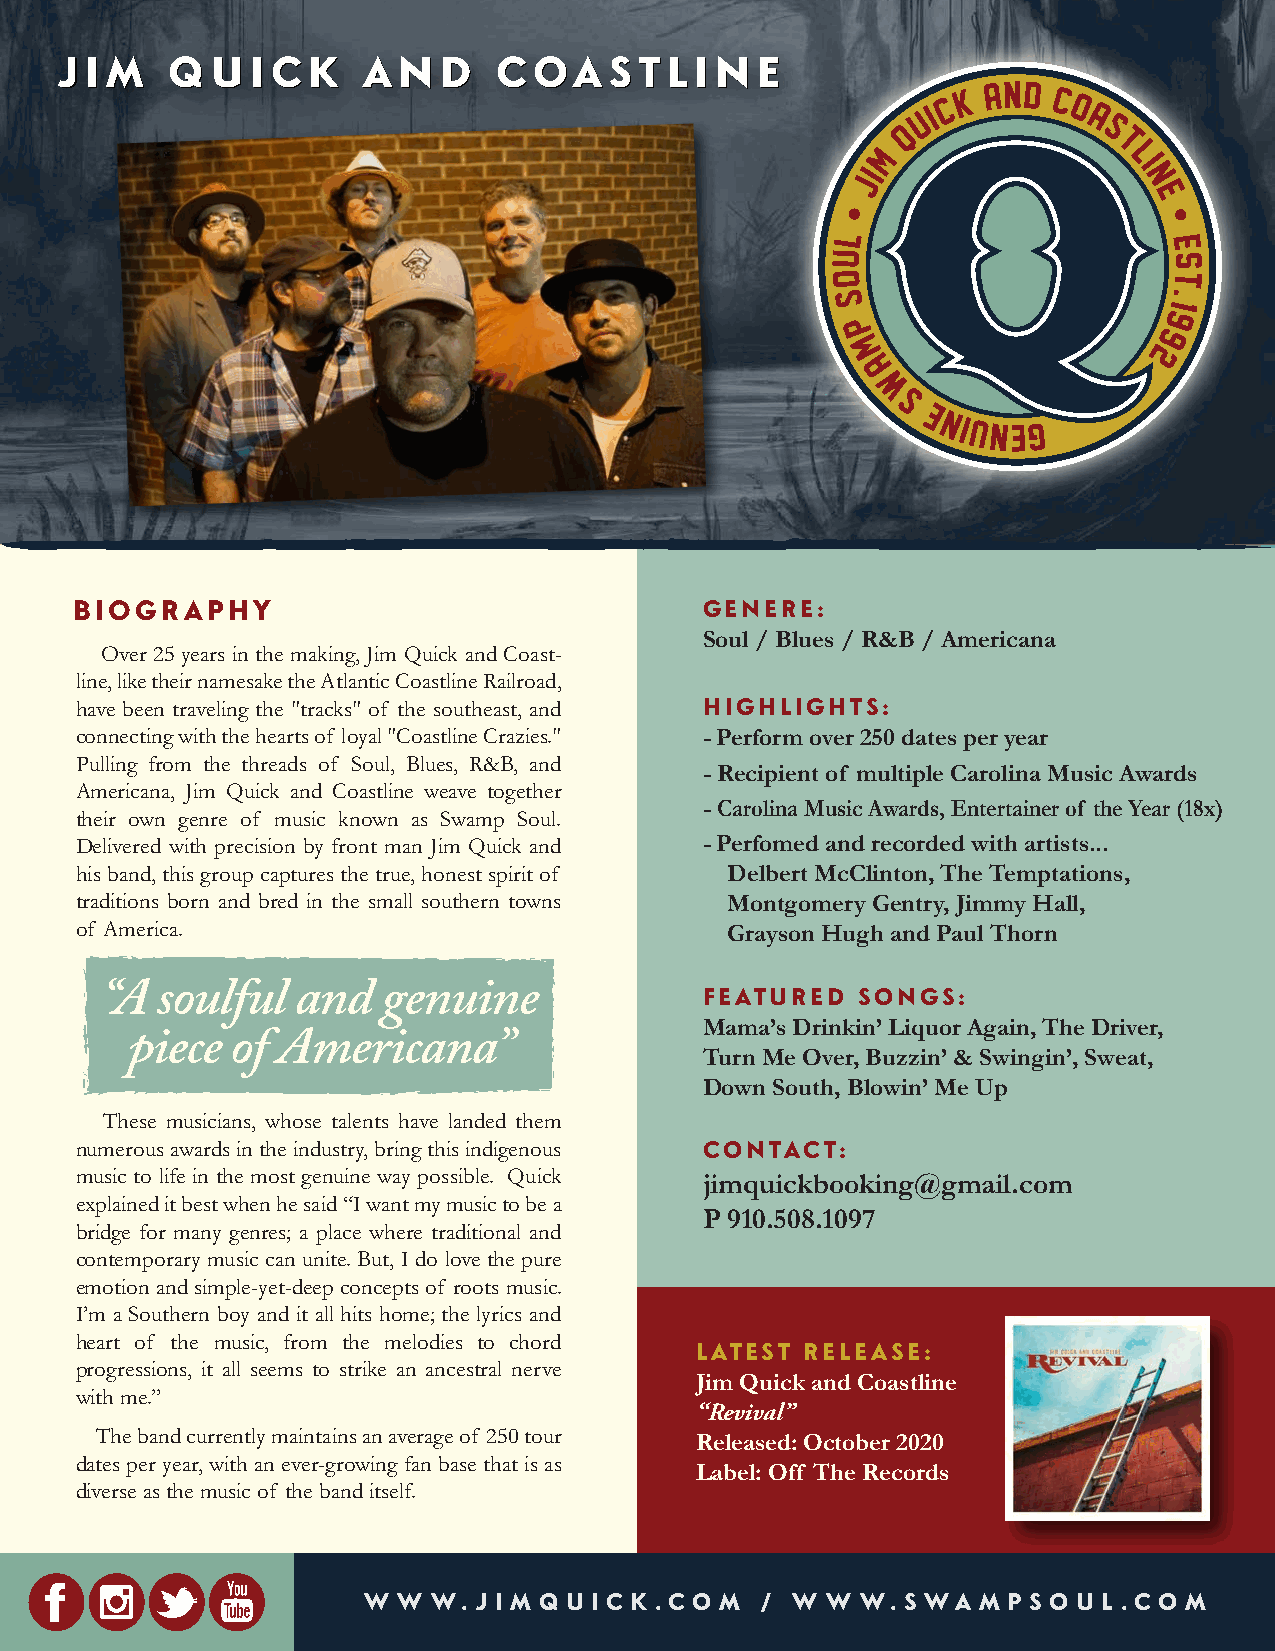
JJIIMM QQUUIICCKK   AANNDD   CCOOAASSTTLLIINNEE
 BIOGRAPHY                                 GENERE:
 Soul / Blues / R&B / Americana
 Over 25 years in the making, Jim Quick and Coast-
 line, like their namesake the Atlantic Coastline Railroad,
 have been traveling the "tracks" of the southeast, and HIGHLIGHTS:
 connecting with the hearts of loyal "Coastline Crazies." - Perform over 250 dates per year
 Pulling from the threads of Soul, Blues, R&B, and
 - Recipient of multiple Carolina Music Awards
 Americana, Jim Quick and Coastline weave together
 - Carolina Music Awards, Entertainer of the Year (18x)
 their own genre of music known as Swamp Soul.
 Delivered with precision by front man Jim Quick and - Perfomed and recorded with artists...
 his band, this group captures the true, honest spirit of Delbert McClinton, The Temptations,
 traditions born and bred in the small southern towns Montgomery Gentry, Jimmy Hall,
 of America.                                Grayson Hugh and Paul Thorn
 FEATURED  SONGS:
 Mama’s Drinkin’ Liquor Again, The Driver,
 Turn Me Over, Buzzin’ & Swingin’, Sweat,
 Down South, Blowin’ Me Up
 These musicians, whose talents have landed them
 numerous awards in the industry, bring this indigenous CONTACT:
 music to life in the most genuine way possible. Quick jimquickbooking@gmail.com
 explained it best when he said “I want my music to be a
 P 910.508.1097
 bridge for many genres; a place where traditional and
 contemporary music can unite. But, I do love the pure
 emotion and simple-yet-deep concepts of roots music.
 I’m a Southern boy and it all hits home; the lyrics and
 heart of the music, from the melodies to chord
 LATEST RELEASE:
 progressions, it all seems to strike an ancestral nerve
 Jim Quick and Coastline
 with me.”
 “Revival”
 The band currently maintains an average of 250 tour Released: October 2020
 dates per year, with an ever-growing fan base that is as
 Label: Off The Records
 diverse as the music of the band itself.
 W W  W. J I M Q U I C K . C O M / W W W. S WA M P S O U L . C O M